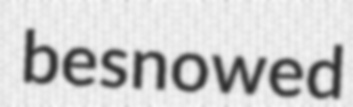
besnowed